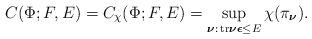
LaTeX: \begin{align*}C(\Phi ;F,E)=C_{\chi }(\Phi ;F,E)=\sup_{\boldsymbol{\nu }:\,\mathrm{tr}\boldsymbol{\nu} \boldsymbol{\epsilon }\leq E}\chi (\pi _{\boldsymbol{\nu }}). \end{align*}